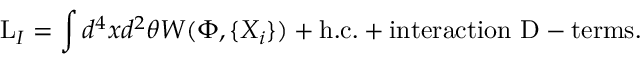
\mathrm { L } _ { I } = \int d ^ { 4 } x d ^ { 2 } \theta W ( \Phi , \{ X _ { i } \} ) + \mathrm { h . c . } + \mathrm { i n t e r a c t i o n \ D - t e r m s } .